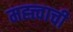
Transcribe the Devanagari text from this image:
मह्त्त्वाची